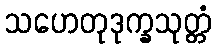
သဟေတုဒုက္ခသုတ္တံ